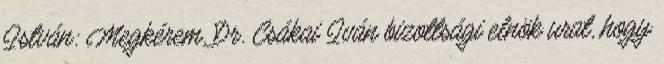
István: Megkérem, Dr. Csákai Iván bizottsági elnök urat, hogy